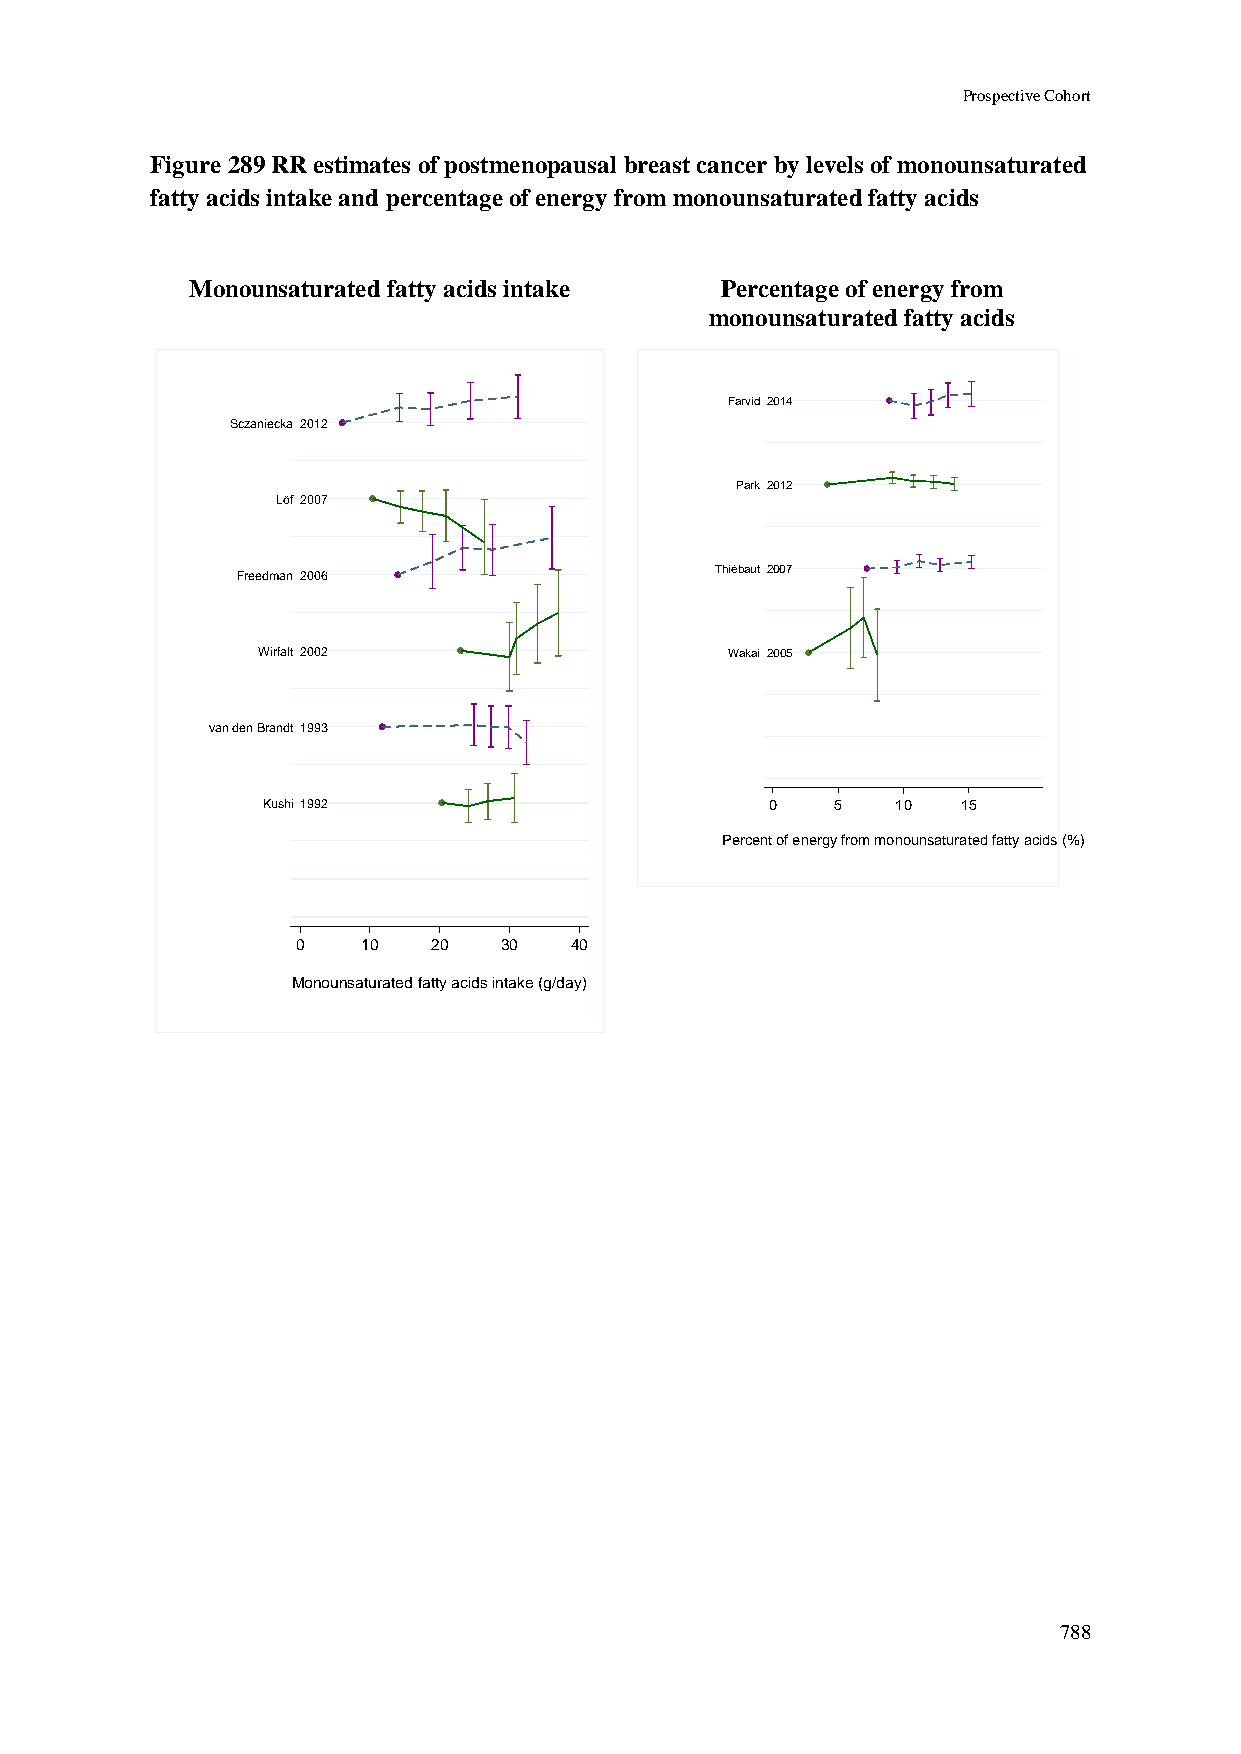
Prospective Cohort
 Figure 289 RR estimates of postmenopausal breast cancer by levels of monounsaturated
 fatty acids intake and percentage of energy from monounsaturated fatty acids
 Monounsaturated fatty acids intake Percentage of energy from
 monounsaturated fatty acids
 Farvid 2014
 Sczaniecka 2012
 Park 2012
 Löf 2007
 Freedman 2006                  Thiébaut 2007
 Wirfalt 2002                   Wakai 2005
 van den Brandt 1993
 Kushi 1992                        0   5   10   15
 Percent of energy from monounsaturated fatty acids (%)
 0   10   20  30   40
 Monounsaturated fatty acids intake (g/day)
 788